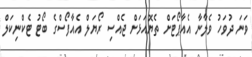
ވަނަ ދުވަހު ވެލާނާ އެއާޕޯޓަށް ތެޔޮއަޅަށް ޖެއްސި ރޯޔަލް އެއާފޯސްގެ ބޯޓު ޓެކްނިކަލް